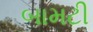
બામટી